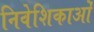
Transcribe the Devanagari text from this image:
निवेशिकाओं